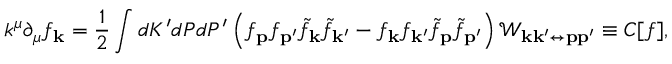
k ^ { \mu } \partial _ { \mu } f _ { \mathbf { k } } = \frac { 1 } { 2 } \int d K ^ { \prime } d P d P ^ { \prime } \left( f _ { \mathbf { p } } f _ { \mathbf { p } ^ { \prime } } \tilde { f } _ { \mathbf { k } } \tilde { f } _ { \mathbf { k } ^ { \prime } } - f _ { \mathbf { k } } f _ { \mathbf { k } ^ { \prime } } \tilde { f } _ { \mathbf { p } } \tilde { f } _ { \mathbf { p ^ { \prime } } } \right) \mathcal { W } _ { \mathbf { k } \mathbf { k } ^ { \prime } \leftrightarrow \mathbf { p } \mathbf { p } ^ { \prime } } \equiv C [ f ] ,